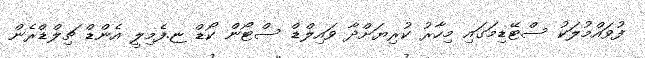
ފުވައްމުލަކު ސްޓޭޑިމަގައި މިހާރު ކުރިޔަށްދާ ވައިލްޑް ސްޓޯން ކޯޑް ޏ.ފެމިލީ އެންޑް ޗިލްޑްރެން